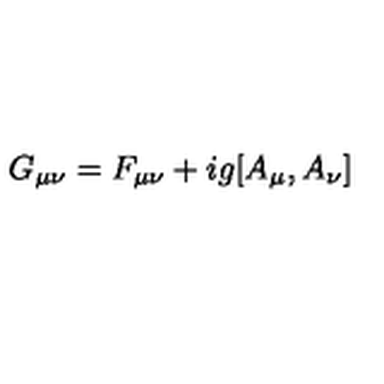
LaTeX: G _ { \mu \nu } = F _ { \mu \nu } + i g [ A _ { \mu } , A _ { \nu } ]